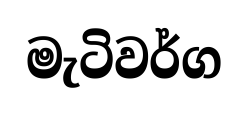
මැටිවර්ග